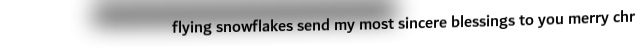
flying snowflakes send my most sincere blessings to you merry chr